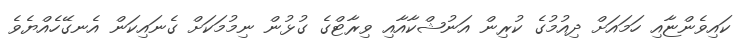
ކައިވެންޏާއި ހަމައަށް ދިއުމުގެ ކުރިން އަނުޝްކާއާއި ވިރާޓްގެ ގުޅުން ނިމުމަކަށް ގެނައިކަން އެނގޭހެއްޔެވެ